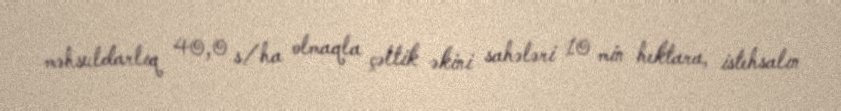
məhsuldarlıq 40,0 s/ha olmaqla çəltik əkini sahələri 10 min hektara, istehsalın